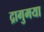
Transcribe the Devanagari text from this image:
द्रागुमया